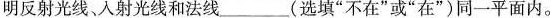
明反射光线、入射光线和法线___(选填“不在“或"在")同一平面内。